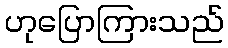
ဟုပြောကြားသည်